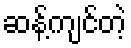
ဆန့်ကျင်တဲ့